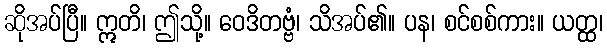
ဆိုအပ်ပြီ။ ဣတိ၊ ဤသို့။ ဝေဒိတဗ္ဗံ၊ သိအပ်၏။ ပန၊ စင်စစ်ကား။ ယတ္ထ၊